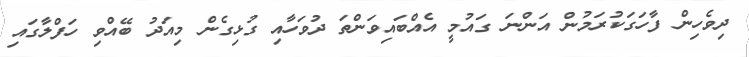
ދިވެހިން ފާހަގަކުރަމުން އަންނަ ގައުމީ އެއްބައިވަންތަ ދުވަހާއި ގުޅިގެން މިއަދު ބޭއްވި ހަފްލާގައި